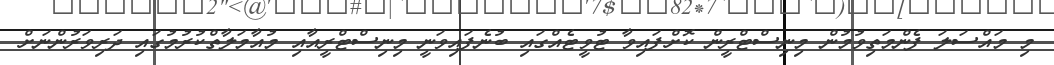
މި މައްސަލަ ފެންމަތިވުމުން މިނިސްޓްރީން ކޮށްފައިވާ ޓުވީޓެއްގައި ބުނެފައިވަނީ މިނިސްޓްރީއާއި މުއާމަލާތްކުރުމުގައި ދަރިވަރުންނަށް